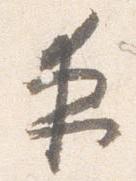
夜